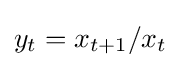
y_{t}=x_{t+1}/x_{t}